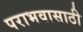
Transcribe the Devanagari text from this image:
पराभवासाठी